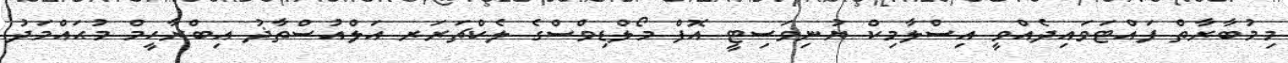
މިމުބާރާތް ފައްޓަވައިދެއްވީ އިސްލާމިކް ޔުނިވަސިޓީ އޮފް މޯލްޑިވްސްގެ ލެކްޗަރަރ އަލްއުސްތާޛު އިބްރާހީމް މުޙައްމަދު